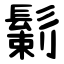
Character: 鬎